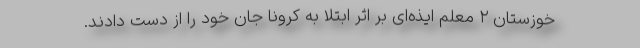
خوزستان ۲ معلم ایذه‌ای بر اثر ابتلا به کرونا جان خود را از دست دادند.